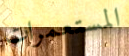
المستعمرات